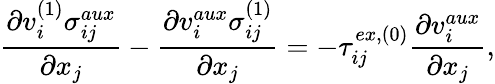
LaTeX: \frac{\partial v_{i}^{(1)}\sigma_{ij}^{aux}}{\partial x_{j}}-\frac{\partial v_{i}^{aux}\sigma_{ij}^{(1)}}{\partial x_{j}}=-\tau_{ij}^{ex,(0)}\frac{\partial v_{i}^{aux}}{\partial x_{j}},